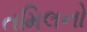
તમિલનો